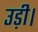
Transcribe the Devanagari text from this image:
उड़ी।